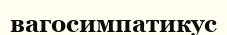
вагосимпатикус